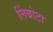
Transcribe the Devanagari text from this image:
लिंबोटा